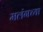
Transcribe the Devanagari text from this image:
मलंगच्या